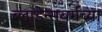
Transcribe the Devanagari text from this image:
ब्लाडेन्सबर्गच्या